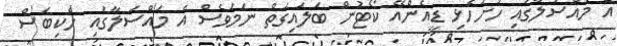
އެ މައްސަލާގައި ހުށަހެޅި ޑީއެންއޭ ކޯޓުން ބަލައިގަތް ނަމަވެސް އެ މައްސަލާގައި ހެކިބަސް